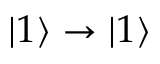
| 1 \rangle \rightarrow | 1 \rangle